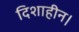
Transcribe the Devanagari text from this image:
दिशाहीन।